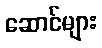
ဆောင်များ